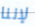
لإننا